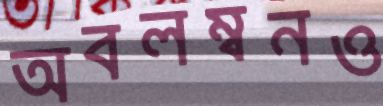
অবলম্বনও